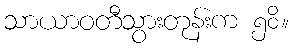
သာယာဝတီသွားတုန်းက ၅၀ိ။